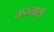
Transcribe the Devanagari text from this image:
करनाटी